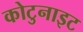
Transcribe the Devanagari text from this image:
कोटुनाइट